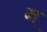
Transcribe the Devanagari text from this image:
मॣ